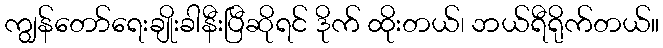
ကျွန်တော်ရေးချိုးခါနီးပြီဆိုရင် ဒိုက် ထိုးတယ်၊ ဘယ်ရီရိုက်တယ်။